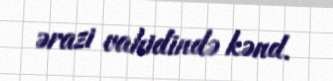
ərazi vahidində kənd.